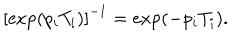
\left[ \exp ( p _ { i } T _ { i } ) \right] ^ { - 1 } = \exp ( - p _ { i } T _ { i } ) .